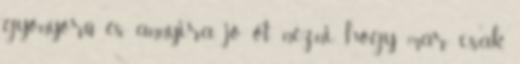
gyönyörű és annyira jó őt nézni, hogy már csak